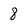
Character: 8